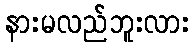
နားမလည်ဘူးလား